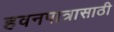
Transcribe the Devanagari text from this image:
हवनपात्रासाठी